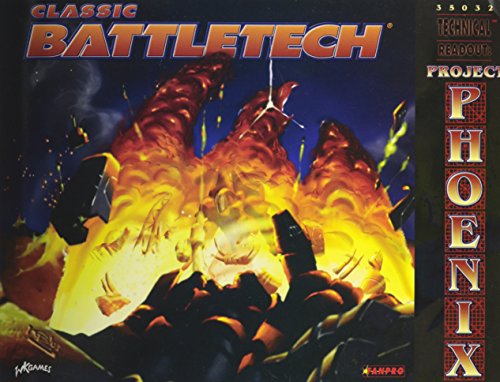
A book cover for Classic Battletech: Technical Readout: Project Phoenix (FPR35032); Randall Bills; Science Fiction & Fantasy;